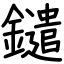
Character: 鑓